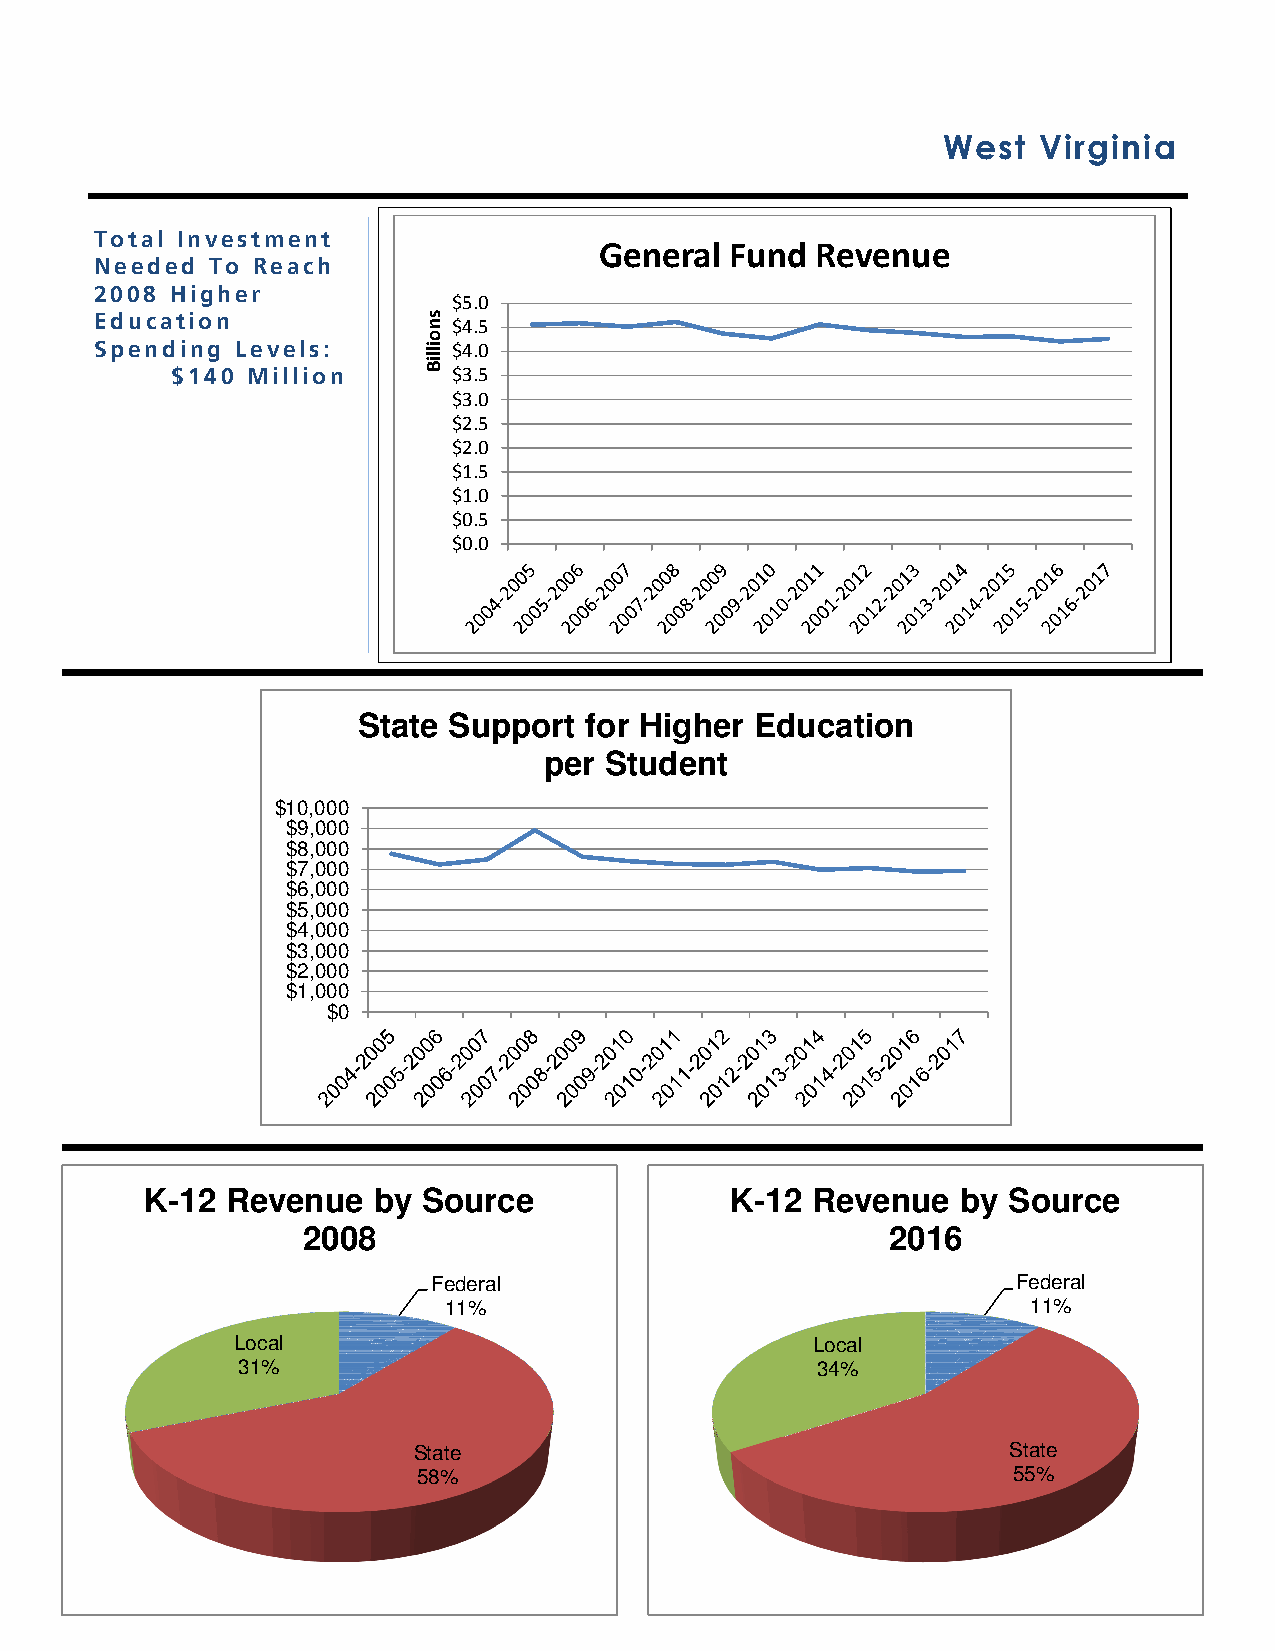
West   Virginia
 Total Investment                  General Fund  Revenue
 Needed  To Reach
 2008 Higher
 $5.0
 Education               $4.5
 Spending  Levels:       $4.0
 $140 Million       $3.5
 $3.0
 $2.5
 $2.0
 $1.5
 $1.0
 $0.5
 $0.0
 State Support  for Higher Education
 per Student
 $10,000
 $9,000
 $8,000
 $7,000
 $6,000
 $5,000
 $4,000
 $3,000
 $2,000
 $1,000
 $0
 K-12 Revenue   by Source              K-12  Revenue   by Source
 2008                                   2016
 Federal                               Federal
 11%                                    11%
 Local                                 Local
 31%                                   34%
 State                                   State
 58%                                    55%
 snoilliB